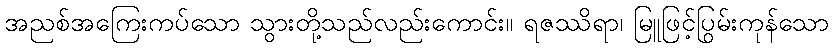
အညစ်အကြေးကပ်သော သွားတို့သည်လည်းကောင်း။ ရဇဿိရာ၊ မြူဖြင့်ပြွမ်းကုန်သော